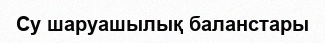
Су шаруашылық баланстары